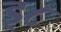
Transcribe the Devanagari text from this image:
इ८